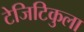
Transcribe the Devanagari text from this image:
टेजिटिकुला